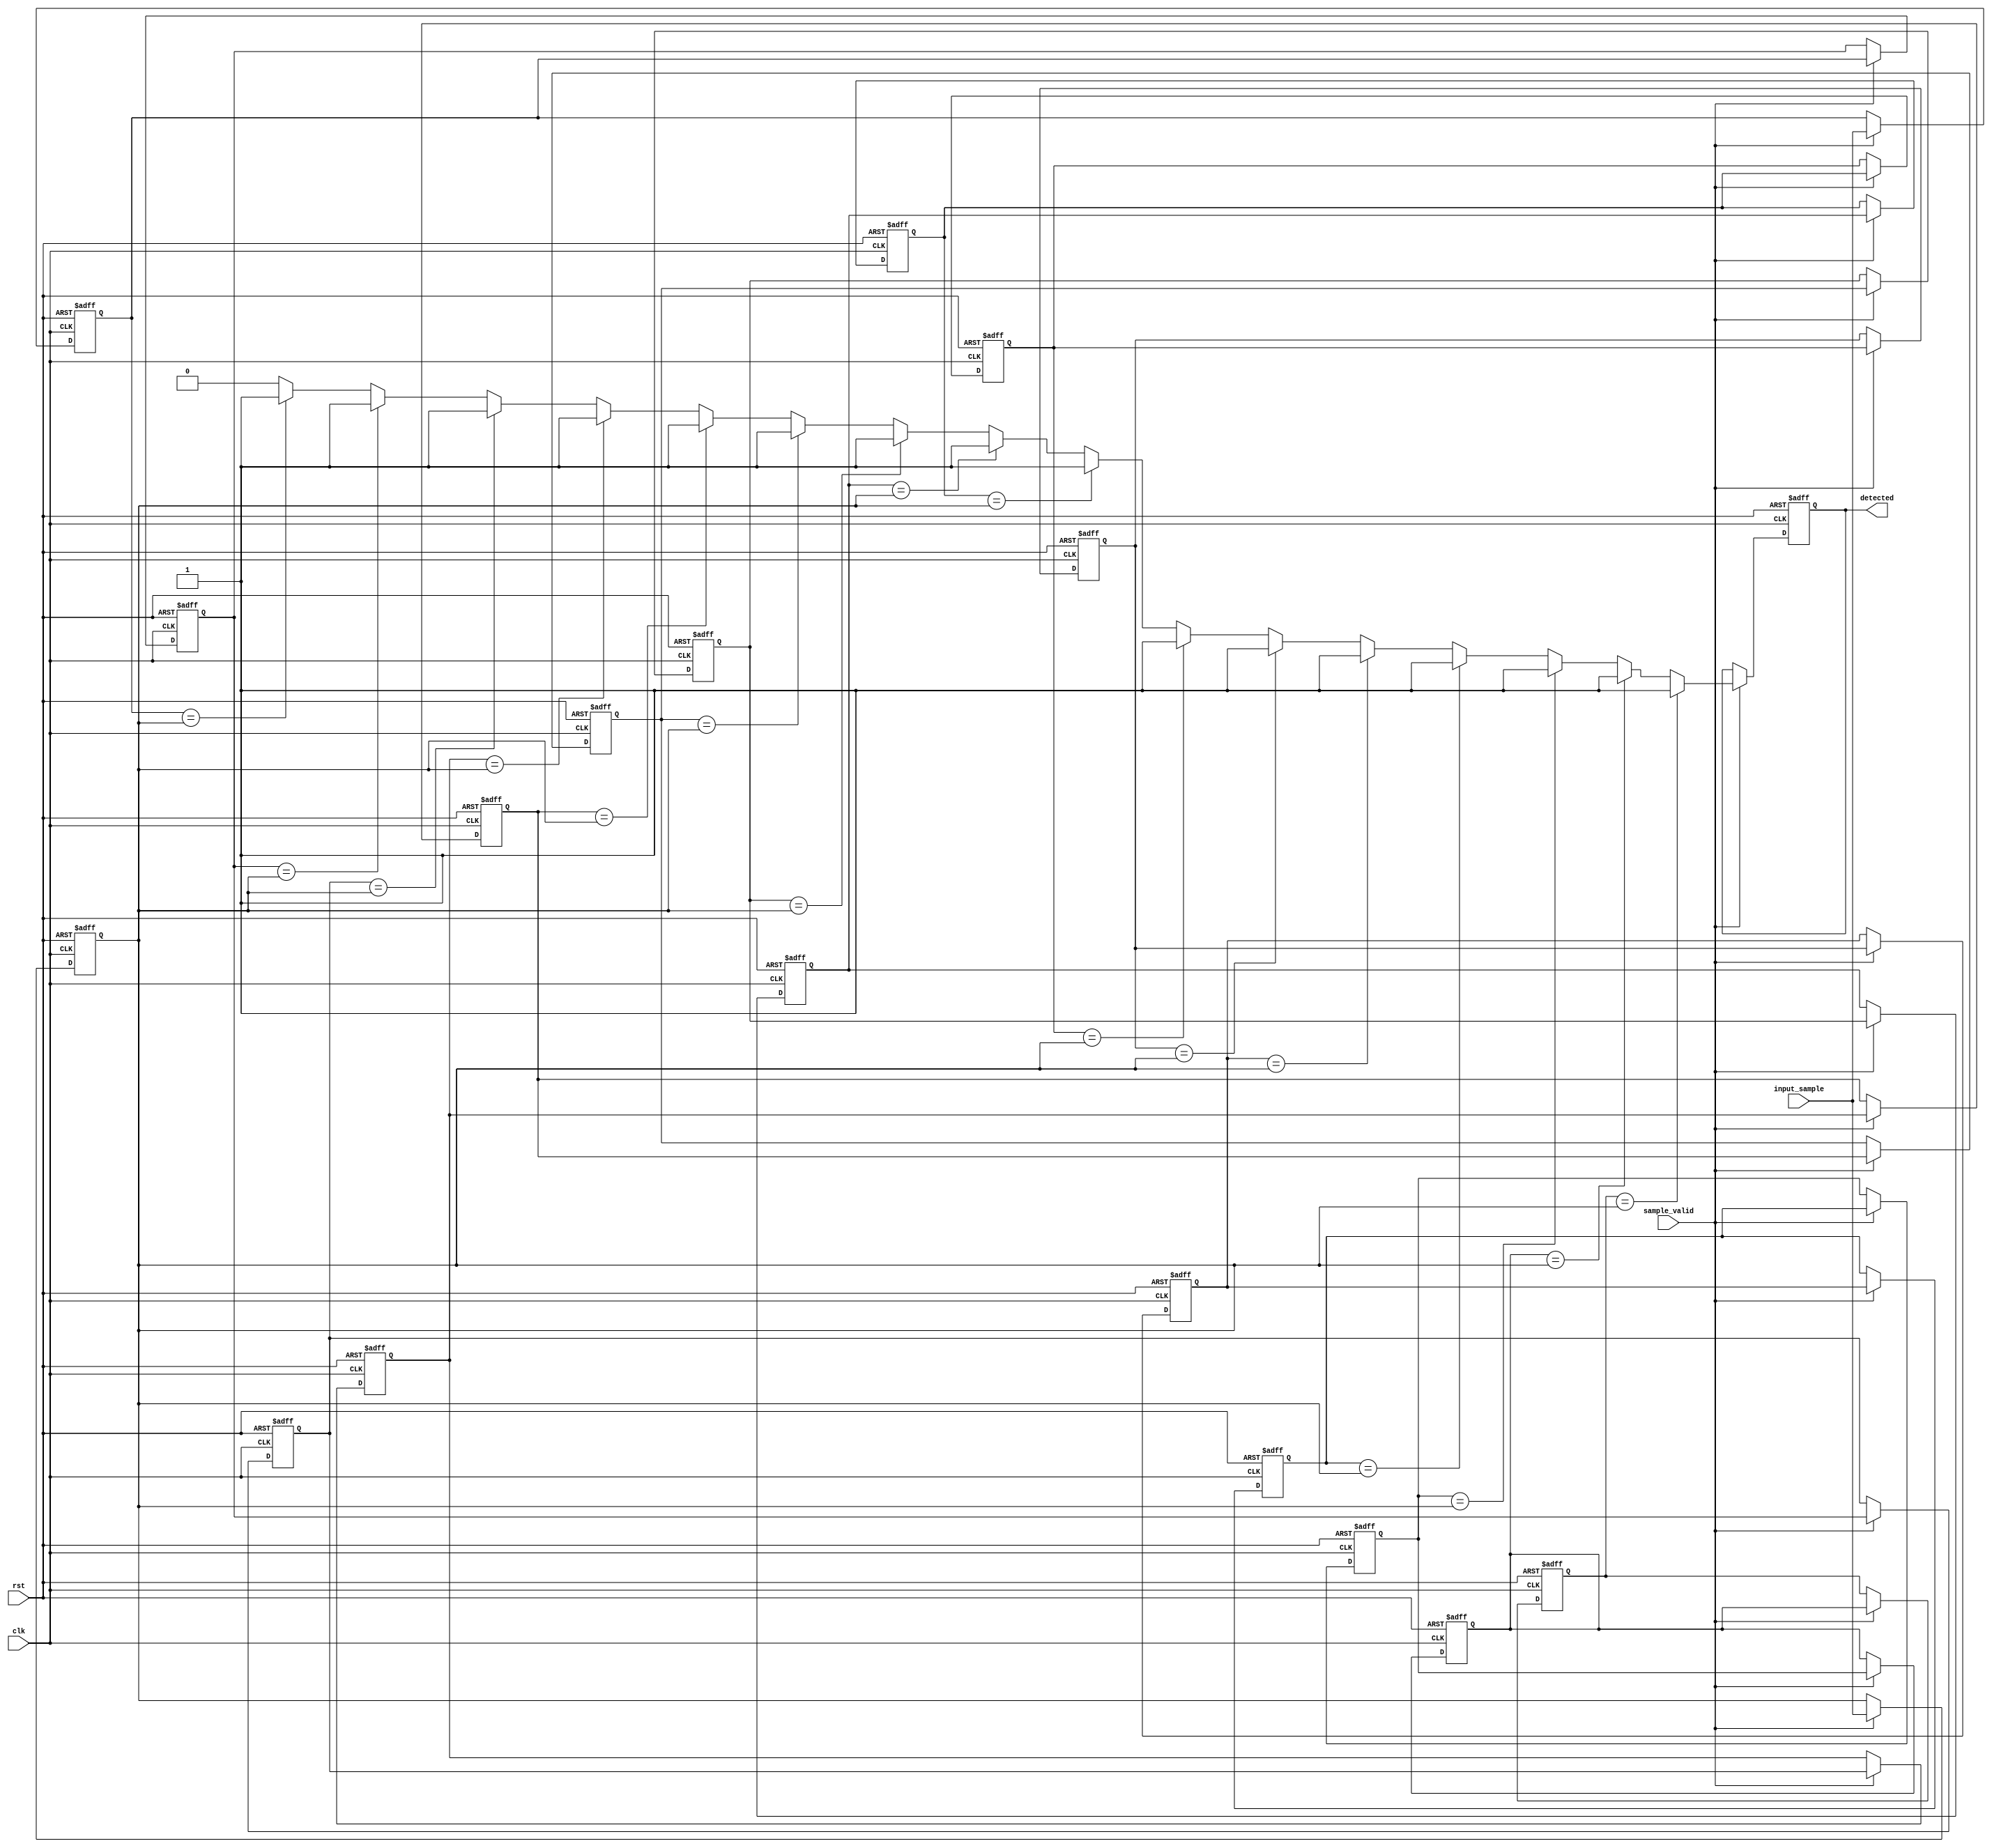
module DelayLineDetector #(
    parameter SAMPLE_WIDTH = 8,  // Width of the input signal
    parameter DELAY_LENGTH = 16   // Number of delay samples
)(
    input wire clk,               // Clock signal
    input wire rst,               // Reset signal
    input wire sample_valid,      // Signal to indicate that a new sample is valid
    input wire [SAMPLE_WIDTH-1:0] input_sample, // Incoming signal sample
    output reg detected           // Detected output signal
);

    // Memory blocks for delay line
    reg [SAMPLE_WIDTH-1:0] delay_line [0:DELAY_LENGTH-1];

    // Internal signal to hold the currently sampled signal
    reg [SAMPLE_WIDTH-1:0] current_sample;

    integer i;

    always @(posedge clk or posedge rst) begin
        if (rst) begin
            // Reset the delay line and detected signal
            for (i = 0; i < DELAY_LENGTH; i = i + 1) begin
                delay_line[i] <= 0;
            end
            detected <= 0;
            current_sample <= 0;
        end else if (sample_valid) begin
            // Shift the samples in the delay line
            for (i = DELAY_LENGTH-1; i > 0; i = i - 1) begin
                delay_line[i] <= delay_line[i - 1];
            end
            delay_line[0] <= input_sample; // Store new sample
            current_sample <= input_sample; // Update current sample
        
            // Detection logic (simple example: compare with a specific value)
            detected <= 0; // Default to not detected
            for (i = 0; i < DELAY_LENGTH; i = i + 1) begin
                if (delay_line[i] == current_sample) begin
                    detected <= 1; // Set detected if a match is found
                end
            end
        end
    end
endmodule